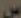
س